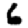
Digit: 6